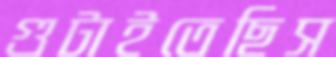
গুটাইতেছিস